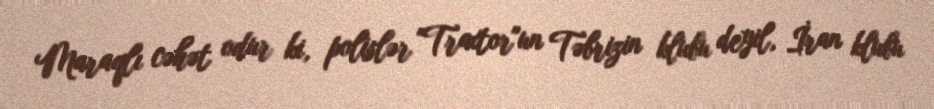
Maraqlı cəhət odur ki, polislər "Traxtor"un Təbrizin klubu deyil, İran klubu